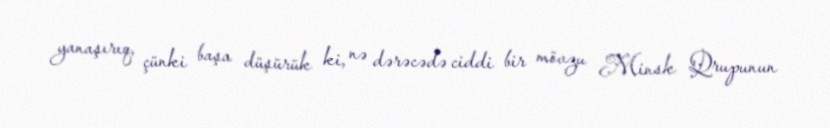
yanaşırıq, çünki başa düşürük ki, nə dərəcədə ciddi bir mövzu Minsk Qrupunun